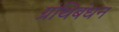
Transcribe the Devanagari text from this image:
ग्रंथिबंधन